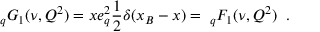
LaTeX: _ q G _ { 1 } ( \nu , Q ^ { 2 } ) = x e _ { q } ^ { 2 } { \frac { 1 } { 2 } } \delta ( x _ { B } - x ) = \; _ { q } F _ { 1 } ( \nu , Q ^ { 2 } ) \; \; .